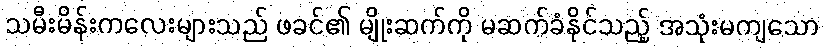
သမီးမိန်းကလေးများသည် ဖခင်၏ မျိုးဆက်ကို မဆက်ခံနိုင်သည့် အသုံးမကျသော